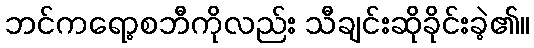
ဘင်ကရော့စဘီကိုလည်း သီချင်းဆိုခိုင်းခဲ့၏။